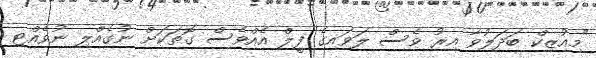
"މިއުޒިކް ބަދަލުވާ އިރު ވެސް ލަވައިގެ ފީލް އެއްވެސް ގޮތަކަށް ނުގެއްލި ނުވެއްޓި